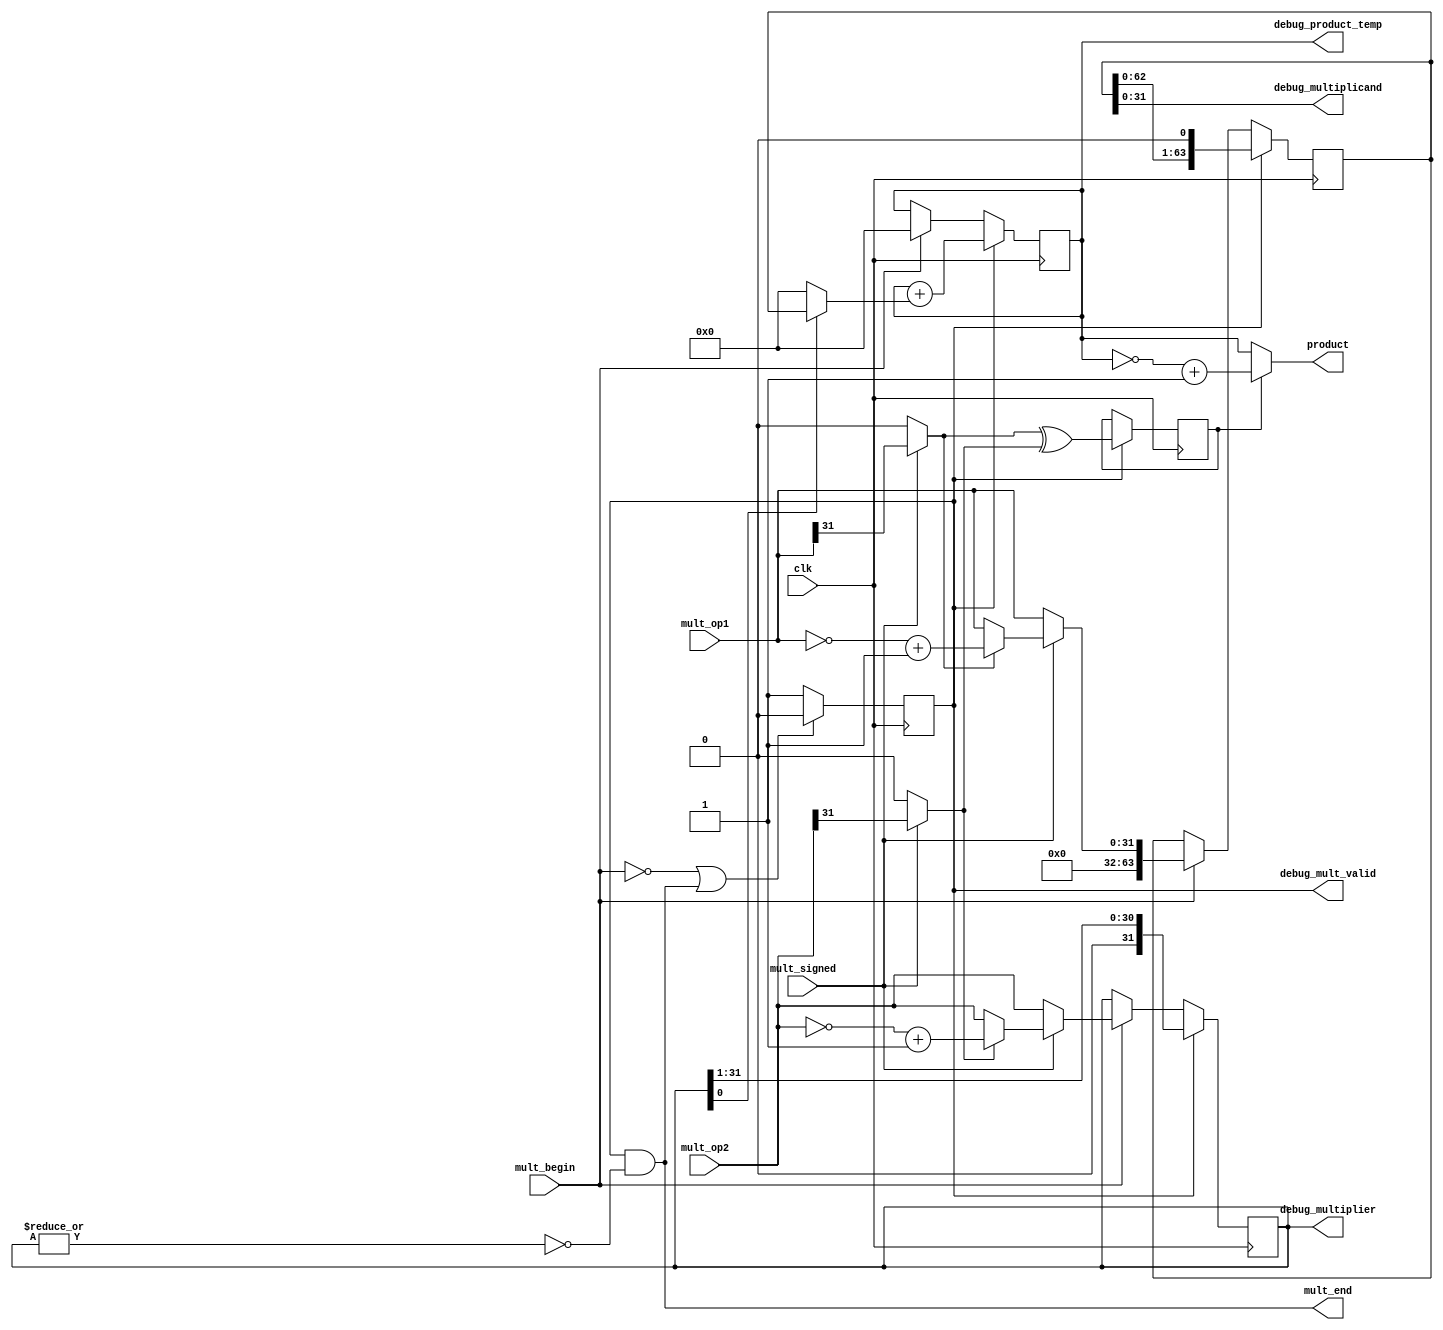
module multiply(
	input wire 			clk,
	input wire 			mult_begin,
	input wire          mult_signed,
	input wire 	[31:0] 	mult_op1,
	input wire 	[31:0] 	mult_op2,
	output wire [63:0] 	product,
	output wire 		mult_end,
	// debug
	output wire         debug_mult_valid,
    output wire [63:0]  debug_product_temp,
    output wire [31:0]  debug_multiplier,
    output wire [31:0]  debug_multiplicand
	);
	
	reg mult_valid;
	assign mult_end = mult_valid & ~(|multiplier);
	always @(posedge clk) 
	begin
		if (!mult_begin || mult_end) 
		begin
			mult_valid <= 1'b0;
		end
		else
		begin
		  mult_valid <= 1'b1;
		end
	end

	wire 		op1_sign;
	wire 		op2_sign;
	wire [31:0] op1_absolute;
	wire [31:0] op2_absolute;
	assign op1_sign = mult_signed ? mult_op1[31] : 1'b0;
	assign op2_sign = mult_signed ? mult_op2[31] : 1'b0;
	assign op1_absolute = ~mult_signed ? mult_op1 : op1_sign ? (~mult_op1+1) : mult_op1;
    assign op2_absolute = ~mult_signed ? mult_op2 : op2_sign ? (~mult_op2+1) : mult_op2;

    //?????????????????????????????????????????????
    reg  [63:0] multiplicand;
    always @ (posedge clk)
    begin
        if (mult_valid)
        begin    // ????????????????????????????????????????????????????????????
            multiplicand <= {multiplicand[62:0],1'b0};
        end
        else if (mult_begin) 
        begin   // ??????????????????????????????????????????1????????????
            multiplicand <= {32'd0,op1_absolute};
        end
    end

    //??????????????????????????????????????????
    reg  [31:0] multiplier;
    always @ (posedge clk)
    begin
        if (mult_valid)
        begin   // ?????????????????????????????????????????????????????????
            multiplier <= {1'b0,multiplier[31:1]}; 
        end
        else if (mult_begin)
        begin   // ???????????????????????????????????????2????????????
            multiplier <= op2_absolute; 
        end
    end
    
    // ???????????????????????????1?????????????????????????????????????????????0???????????????0
    wire [63:0] partial_product;
    assign partial_product = multiplier[0] ? multiplicand : 64'd0;
    
    //?????????
    reg [63:0] product_temp;
    always @ (posedge clk)
    begin
        if (mult_valid)
        begin
            product_temp <= product_temp + partial_product;
        end
        else if (mult_begin) 
        begin
            product_temp <= 64'd0;  // ??????????????????????????? 
        end
    end 
    //???????????????????????????????????????
    reg product_sign;
    always @ (posedge clk)  // ??????
    begin
        if (mult_valid)
        begin
              product_sign <= op1_sign ^ op2_sign;
        end
    end 
    //???????????????????????????????????????????????????+1
    assign product = product_sign ? (~product_temp+1) : product_temp;
    
    // debug
    assign debug_mult_valid = mult_valid;
    assign debug_product_temp = product_temp;
    assign debug_multiplier = multiplier;
    assign debug_multiplicand = multiplicand;
endmodule